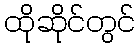
ထိုဆိုင်တွင်